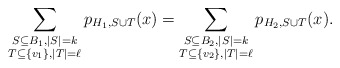
\begin{align*}\sum_{\substack{S\subseteq B_1, |S|=k\\T\subseteq \{v_1\}, |T|=\ell}}p_{H_1,S\cup T}(x)=\sum_{\substack{S\subseteq B_2, |S|=k\\T\subseteq \{v_2\}, |T|=\ell}}p_{H_2,S\cup T}(x).\end{align*}